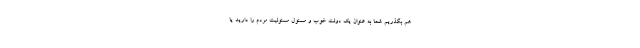
هم بگذریم شما به عنوان یک دولت خوب و مسئول مسئولیت مردم را دارید یا